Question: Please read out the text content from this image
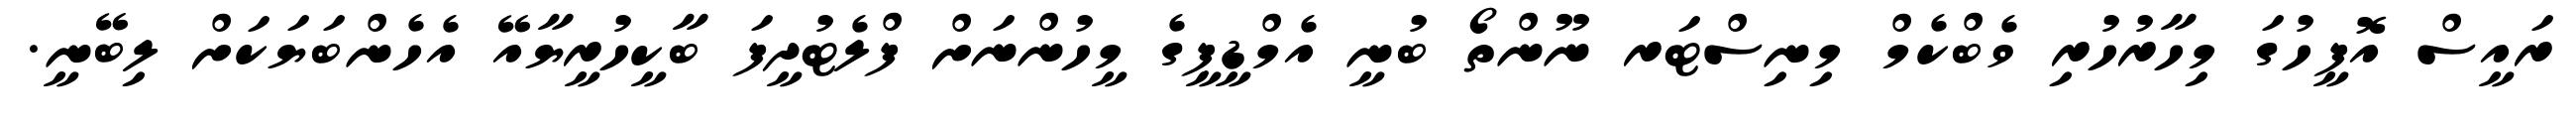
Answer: ރައީސް އޮފީހުގަ މިހާރުހުރި ވެބްކެމް މިނިސްޓަރ ނޫންތޯ ބުނީ އެމްޑީޕީގެ މީހުންނަށް ފްލެޓުދީފަ ބާކީހުރީޔާއޭ އެހެންބަޔަކަށް ލިބޭނީ.